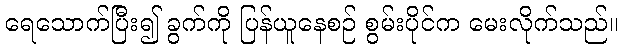
ရေသောက်ပြီး၍ ခွက်ကို ပြန်ယူနေစဉ် စွမ်းပိုင်က မေးလိုက်သည်။